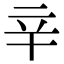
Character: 辛